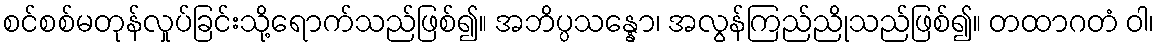
စင်စစ်မတုန်လှုပ်ခြင်းသို့ရောက်သည်ဖြစ်၍။ အဘိပ္ပသန္နော၊ အလွန်ကြည်ညိုသည်ဖြစ်၍။ တထာဂတံ ဝါ၊